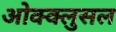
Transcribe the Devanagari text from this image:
ओक्क्लुसल